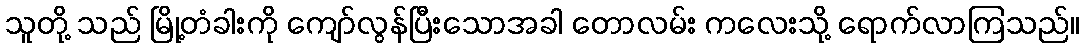
သူတို့ သည် မြို့တံခါးကို ကျော်လွန်ပြီးသောအခါ တောလမ်း ကလေးသို့ ရောက်လာကြသည်။